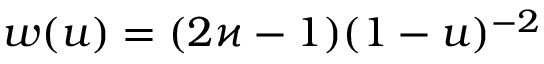
w ( u ) = ( 2 \varkappa - 1 ) ( 1 - u ) ^ { - 2 }